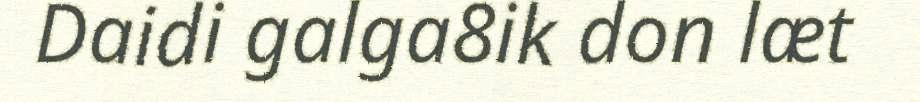
Daidi galga8ik don læt